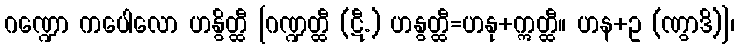
ဂဏ္ဍော ကပေါလော ဟနွိတ္ထီ [ဂဏ္ဍတ္ထီ (ဋီ.) ဟနွတ္ထီ=ဟနု+ဣတ္ထီ။ ဟန+ဥ (ဏွာဒိ)]၊